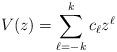
LaTeX: \begin{align*} V(z) = \sum_{\ell=-k}^{k} c_\ell z^\ell\end{align*}